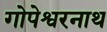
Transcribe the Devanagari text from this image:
गोपेश्वरनाथ